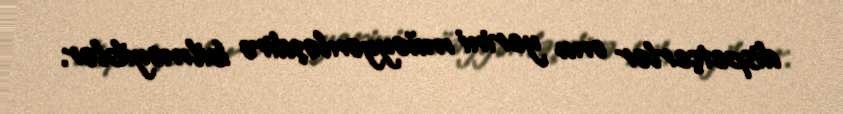
dispetçerlər onu yerini müəyyənləşdirə bilməyiblər.